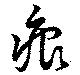
痕